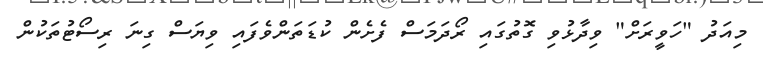
މިއަދު "ހަވީރަށް" ވިދާޅުވި ގޮތުގައި ރޯދަމަސް ފެށެން ކުޑަތަންވެފައި ވިޔަސް ގިނަ ރިސޯޓުތަކުން